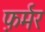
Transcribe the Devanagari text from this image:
फ़र्मर